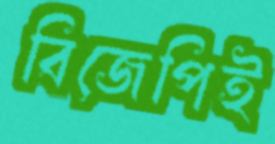
বিজেপিই